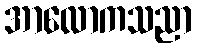
အာလောကသညာ